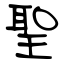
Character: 聖